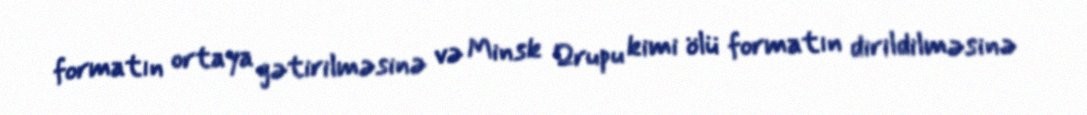
formatın ortaya gətirilməsinə və Minsk Qrupu kimi ölü formatın dirildilməsinə